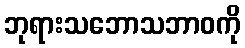
ဘုရားသဘောသဘာဝကို